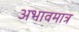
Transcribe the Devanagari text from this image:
अभावमात्र